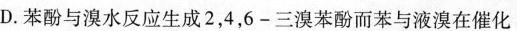
D.苯酚与溴水反应生成2，4，6-三溴苯酚而苯与液溴在催化